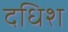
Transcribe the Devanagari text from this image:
दधिश